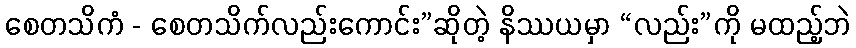
စေတသိကံ - စေတသိက်လည်းကောင်း”ဆိုတဲ့ နိဿယမှာ “လည်း”ကို မထည့်ဘဲ